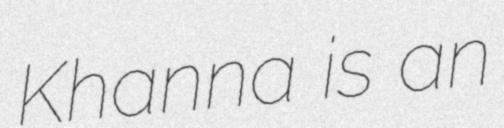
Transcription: Khanna is an